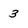
Character: 3